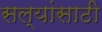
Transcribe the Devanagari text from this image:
सल्यांसाठी